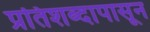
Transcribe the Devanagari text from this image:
प्रतिशब्दापासून